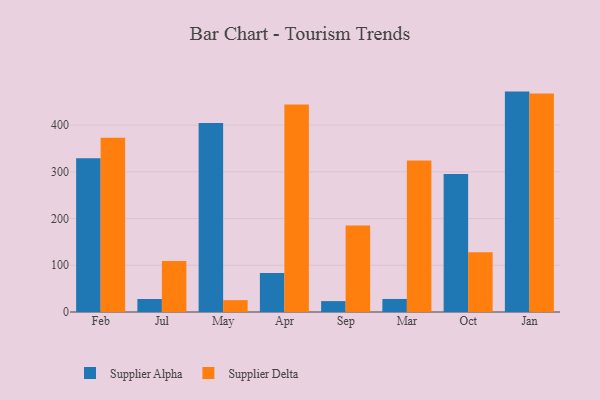
{"axis": {"x": "Month", "y": "Budget (USD K)"}, "legend": ["Supplier Alpha", "Supplier Delta"], "data": [{"x": "Feb", "y": 329.2, "type": "Supplier Alpha"}, {"x": "Feb", "y": 373.0, "type": "Supplier Delta"}, {"x": "Jul", "y": 27.8, "type": "Supplier Alpha"}, {"x": "Jul", "y": 109.3, "type": "Supplier Delta"}, {"x": "May", "y": 404.4, "type": "Supplier Alpha"}, {"x": "May", "y": 25.4, "type": "Supplier Delta"}, {"x": "Apr", "y": 83.5, "type": "Supplier Alpha"}, {"x": "Apr", "y": 444.1, "type": "Supplier Delta"}, {"x": "Sep", "y": 23.3, "type": "Supplier Alpha"}, {"x": "Sep", "y": 185.1, "type": "Supplier Delta"}, {"x": "Mar", "y": 27.9, "type": "Supplier Alpha"}, {"x": "Mar", "y": 324.4, "type": "Supplier Delta"}, {"x": "Oct", "y": 295.1, "type": "Supplier Alpha"}, {"x": "Oct", "y": 128.1, "type": "Supplier Delta"}, {"x": "Jan", "y": 471.6, "type": "Supplier Alpha"}, {"x": "Jan", "y": 467.4, "type": "Supplier Delta"}]}